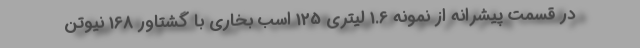
در قسمت پیشرانه از نمونه 1.6 لیتری 125 اسب بخاری با گشتاور 168 نیوتن